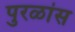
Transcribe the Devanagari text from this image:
पुरळांस